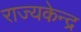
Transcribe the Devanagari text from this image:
राज्यकेन्द्र